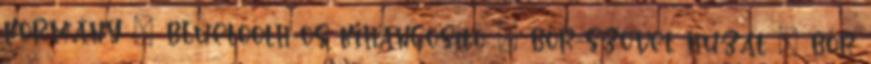
kormány – bluetooth-os kihangosító – bőr-szövet huzat – bőr